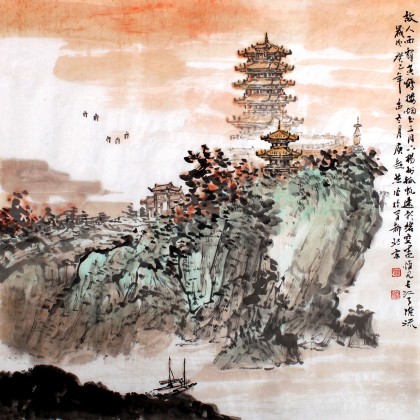
新人虽完好，未若故人姝。